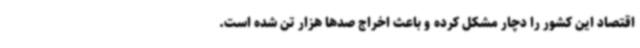
اقتصاد این کشور را دچار مشکل کرده و باعث اخراج صدها هزار تن شده است.